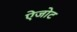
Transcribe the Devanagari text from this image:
ऐजोट